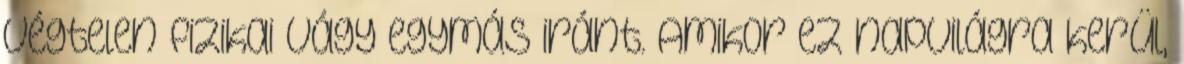
végtelen fizikai vágy egymás iránt. Amikor ez napvilágra kerül,